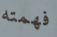
فهمته